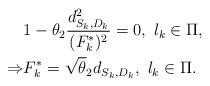
LaTeX: \begin{align*} & 1-\theta_2 \frac{d_{S_k, D_k}^2}{(F_k^*)^2}=0, \ l_k \in \Pi, \\\Rightarrow & F_k^*=\sqrt \theta_2 d_{S_k, D_k}, \ l_k \in \Pi. \end{align*}